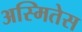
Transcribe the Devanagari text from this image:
अस्मितेस